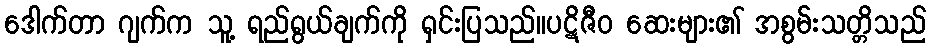
ဒေါက်တာ ဂျက်က သူ့ ရည်ရွယ်ချက်ကို ရှင်းပြသည်။ပဋိဇီဝ ဆေးများ၏ အစွမ်းသတ္တိသည်